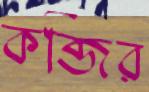
কব্জির